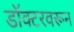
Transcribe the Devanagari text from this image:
डॉक्टरवरून